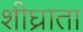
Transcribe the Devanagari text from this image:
शीघ्राता